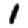
Digit: 1